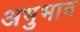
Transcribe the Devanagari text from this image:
अभुभाव